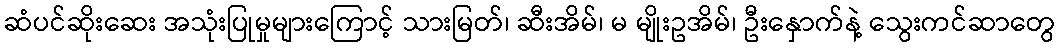
ဆံပင်ဆိုးဆေး အသုံးပြုမှုများကြောင့် သားမြတ်၊ ဆီးအိမ်၊ မ မျိုးဥအိမ်၊ ဦးနှောက်နဲ့ သွေးကင်ဆာတွေ